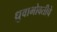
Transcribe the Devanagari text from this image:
ध्रुवाभोवतीचे